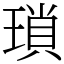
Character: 瑣